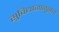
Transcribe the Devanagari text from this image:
सुविधानानुसार